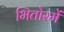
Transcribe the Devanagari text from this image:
भितोरमें